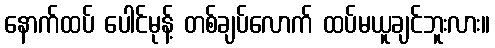
နောက်ထပ် ပေါင်မုန့် တစ်ချပ်လောက် ထပ်မယူချင်ဘူးလား။